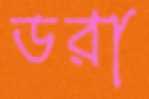
ডরা